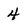
Character: 4